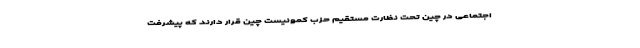
اجتماعی در چین تحت نظارت مستقیم حزب کمونیست چین قرار دارند که پیشرفت